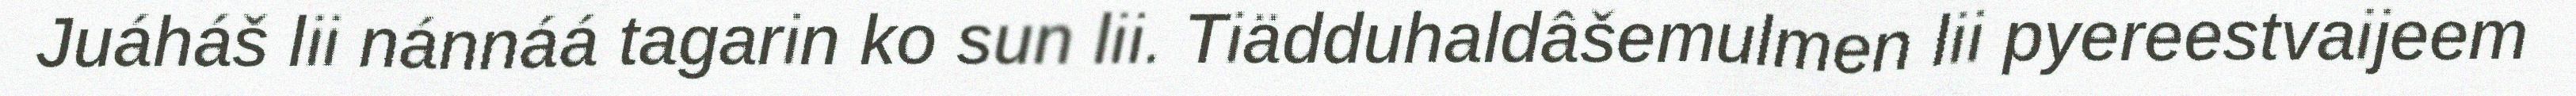
Juáháš lii nánnáá tagarin ko sun lii. Tiädduhaldâšemulmen lii pyereestvaijeem